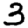
Digit: 3